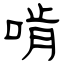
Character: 啃